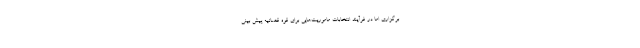
برگزاری اما در فرآیند انتخابات ماموریت‌هایی برای قوه قضائیه پیش بینی